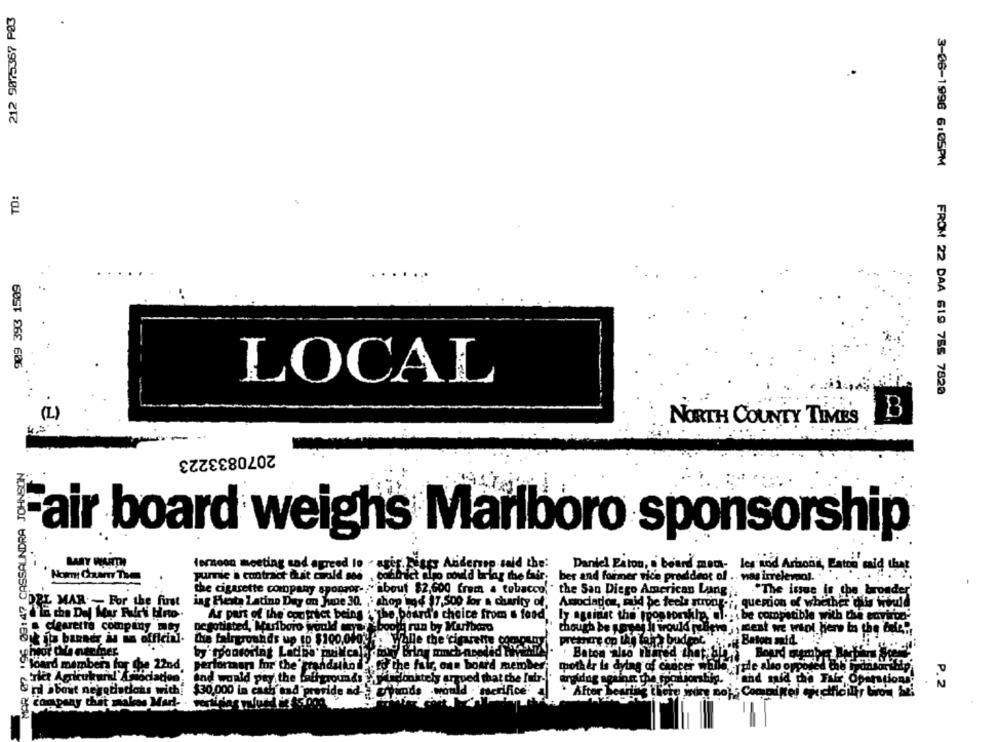
212 9875367 PØ3
3-06-1996 6:05PM
TO:
909 393 1509
LOCAL
FROM 22 DAA 619 755 7820
(L)
B
NORTH COUNTY TIMES
2070833223
MAR 07 '96 09:47 CASSAUNDRA JOHNSON
-
Fair board weighs Marlboro sponsorship
MARY WARTH
forsoon meeting sad agreed lo . asig. keses Andersp said the:
Daniel Estou, s board mets- les and Arionit, Fatta maid that
Nommi Chur Tom
pumnie a contract Quit could aos
cotinict algo could bring the fair. ber and former rice preddeot of .. was irrelevant.
the cigarette company sponzor- " about $2.600 frem a tobacco, " the San Diego American Lang.
."The issue is the broader'
DEL MAR - For the first
ing Fiesta Latino Day on June 30. ,: shop wod 17,500 for a charity of, Associados, said be feels survos -;, question of whether this would
ly against the ppossomithe, al. be compatible with the environ-
As part of the contract being ", "the board's choice from & food
clesrette company ny
negotiated, Marlboro would maya & booth run by Marlboro
I would tellere, went we will here in the bude",
Che fairgrounds up to $100,0/03 .
&ia banner is in official.
: Walle the cigarette con
pressure on the tag) budget : . Baton mid. .
by"tyondoring Lache mailcala daily Bilny much-needed Winter
: Batoa also Ihired that;
"Board members for the 22nd
performans for the'trandukn d'. for the fair, one board member;
mother is dying of cancer while
"rict Agricultural' Associa
odation, the world pay the wallgrounds isconktely argued that the fair-'
"and mid the Fair Operations
P.2
. After Berit
&n about negotiations with: $30,000 in cash and provide ad prpunds -would . 'serifice' a
company that makes Mart- . wert